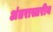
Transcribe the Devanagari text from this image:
अंतरास्तरीय